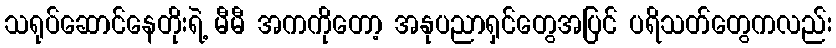
သရုပ်ဆောင်နေတိုးရဲ့ မီမီ အကကိုတော့ အနုပညာရှင်တွေအပြင် ပရိသတ်တွေကလည်း